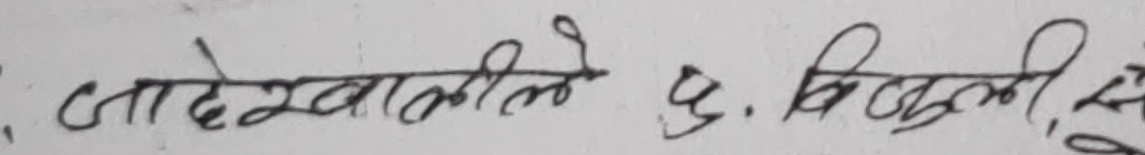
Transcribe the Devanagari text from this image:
जाहेदखाले ५. बिजुली, सु